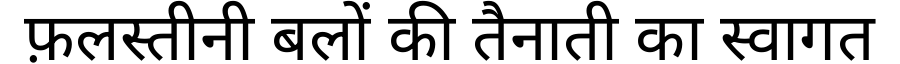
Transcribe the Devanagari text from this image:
फ़लस्तीनी बलों की तैनाती का स्वागत